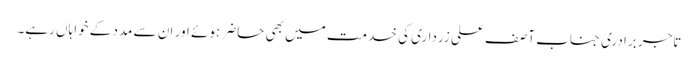
تاجر برادری جناب آصف علی زرداری کی خدمت میں بھی حاضر ہوئے اور ان سے مدد کے خواہاں رہے۔